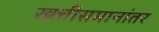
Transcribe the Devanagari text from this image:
खत्तीसमानांतर